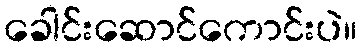
ခေါင်းဆောင်ကောင်းပဲ။